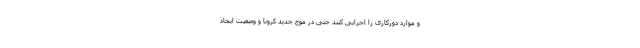
و موارد دورکاری را اجرایی کنند حتی در موج جدید کرونا و وضعیت ایجاد